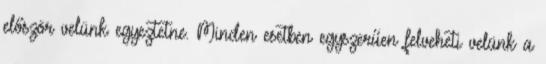
először velünk egyeztetne. Minden esetben egyszerűen felveheti velünk a